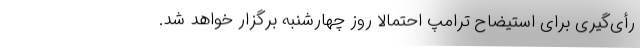
رأی‌گیری برای استیضاح ترامپ احتمالاً روز چهارشنبه برگزار خواهد شد.